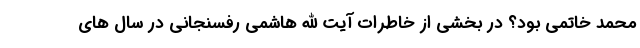
محمد خاتمی بود؟ در بخشی از خاطرات آیت الله هاشمی رفسنجانی در سال های